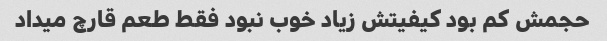
حجمش کم بود کیفیتش زیاد خوب نبود فقط طعم قارچ میداد